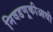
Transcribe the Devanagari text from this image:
निवडणूकीआधी